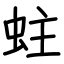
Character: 蛀